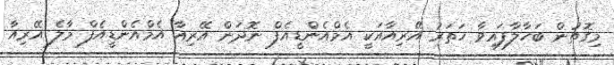
މިގޮތުން ބަހާލާފައިވާ ހަތަރު އޭރިއާއަކީ އެމްއެންޑީއެފް ނޮދަން އޭރިއާ އެމްއެންޑީއެފް މާލެ އޭރިއާ